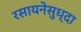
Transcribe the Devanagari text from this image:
रसायनेसुध्दा